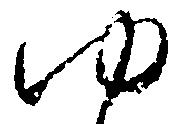
ゆ